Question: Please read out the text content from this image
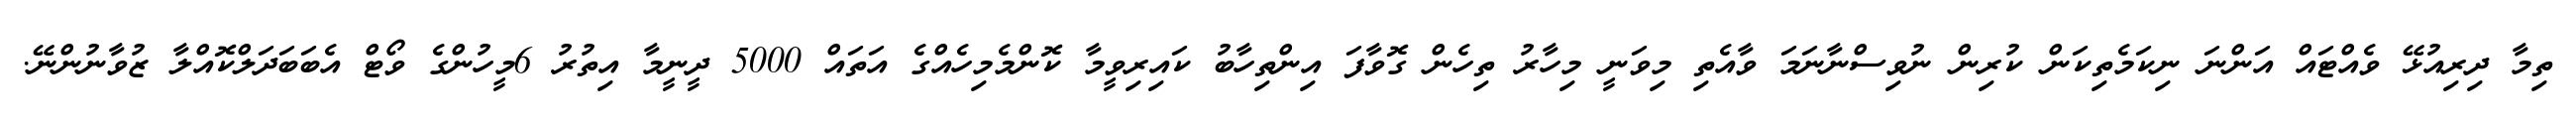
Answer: ތިމާ ދިރިއުޅޭ ވެއްޓައް އަންނަ ނިކަމެތިކަން ކުރިން ނުވިސްނާނަމަ ވާއެތި މިވަނީ މިހާރު ތިހެން ގޮވާފަ އިންތިހާބު ކައިރިވީމާ ކޮންމެމިހެއްގެ އަތައް 5000 ދީނީމާ އިތުރު 6މީހުންގެ ވޯޓް އެބަބަދަލްކޮއްލާ ޒުވާނުންނޭ.